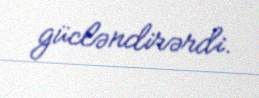
gücləndirərdi.